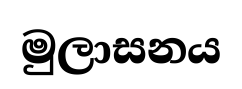
මුලාසනය